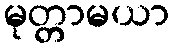
မုတ္တာမယာ